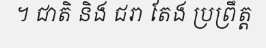
។ ជាតិ និង ជរា តែង ប្រព្រឹត្ត